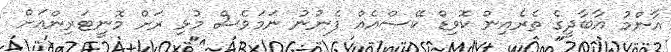
އާންމު އާބާދީގެ ތެރެއިން ކޮވިޑް ކޭސްއެއް ފެނުނު ނަމަވެސް މުޅި ރަށް މޮނީޓަރިންއަށް